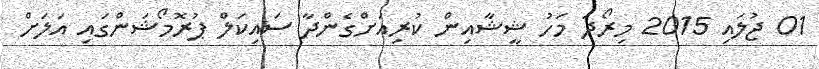
01 ޖުލައި 2015 މިރޯދަ މަހު ޝީޝާއިން ކުރިއަށްގެންދާ ސައިކަލް ޕުރޮމޯޝަންގައި އަލަށް